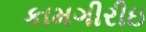
કામગીરીઇ